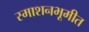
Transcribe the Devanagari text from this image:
स्माशनभूमीत